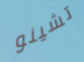
تشينو